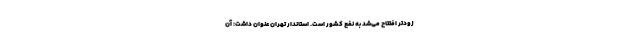
زودتر افتتاح می‌شد به نفع کشور است. استاندار تهران عنوان داشت: آن